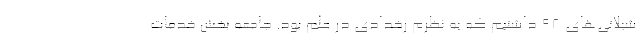
شیلاتی‌های ۹۸ داشتیم که به نظرم رخدادی در علم بود. جامعه بخش خدمات